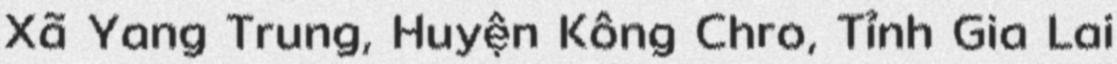
Xã Yang Trung, Huyện Kông Chro, Tỉnh Gia Lai